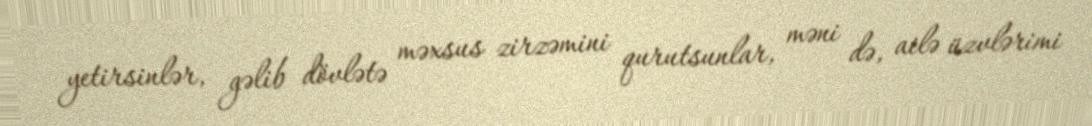
yetirsinlər, gəlib dövlətə məxsus zirzəmini qurutsunlar, məni də, ailə üzvlərimi